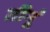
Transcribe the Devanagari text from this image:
तीनूं